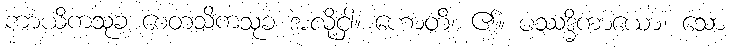
ကာယိကသုခ စေတသိကသုခ အလို့ငှါ။ ဟောတိ၊ ၏။ ပဿဒ္ဓိကာယော၊ သော